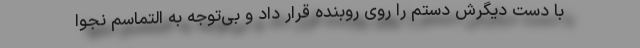
با دست دیگرش دستم را روی روبنده قرار داد و بی‌توجه به التماسم نجوا